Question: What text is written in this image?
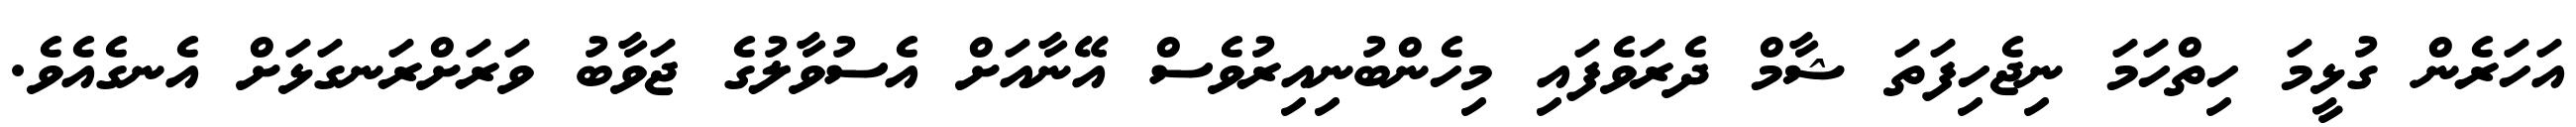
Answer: އަހަރެން ގުޅީމަ ހިތްހަމަ ނިޖެހިފަތަ ޝާމް ދެރަވެފައި މިހެންބުނިއިރުވެސް އޭނާއަށް އެސުވާލުގެ ޖަވާބު ވަރަށްރަނގަޅަށް އެނގެއެވެ.